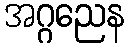
အဂ္ဂညေန